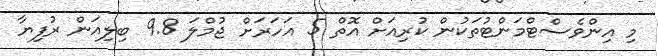
މި އިންވެސްޓްމަންޓުތަކުން ކުރިއަށް އޮތް 5 އަހަރަށް ޖުމްލަ 9.8 ބިލިއަން ރުފިޔާ